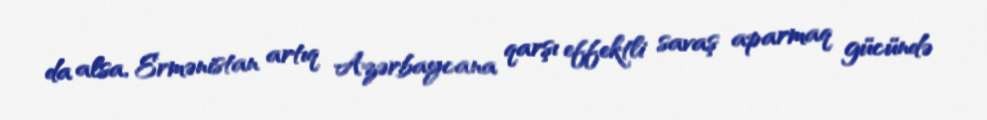
da alsa, Ermənistan artıq Azərbaycana qarşı effektli savaş aparmaq gücündə